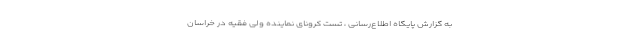
به گزارش پایگاه اطلاع‌رسانی ، تست کرونای نماینده ولی فقیه در خراسان